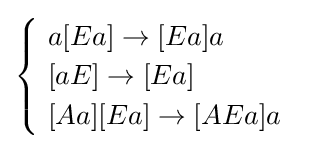
{\begin{cases}\ a[Ea]\rightarrow [Ea]a\\\ [aE]\rightarrow [Ea]\\\ [Aa][Ea]\rightarrow [AEa]a\end{cases}}